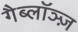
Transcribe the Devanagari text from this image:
गैब्लॉञ्ज़